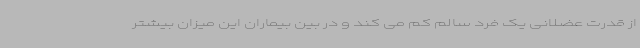
از قدرت عضلانی یک فرد سالم کم می کند و در بین بیماران این میزان بیشتر